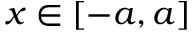
x \in [ - a , a ]